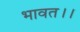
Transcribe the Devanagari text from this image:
भावत।।